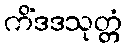
ကိံဒဒသုတ္တံ